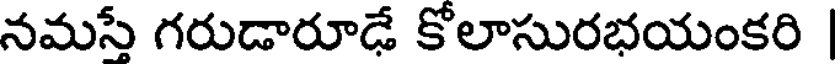
నమసే గరుడారూఢే కోలాసురభయంకరి |